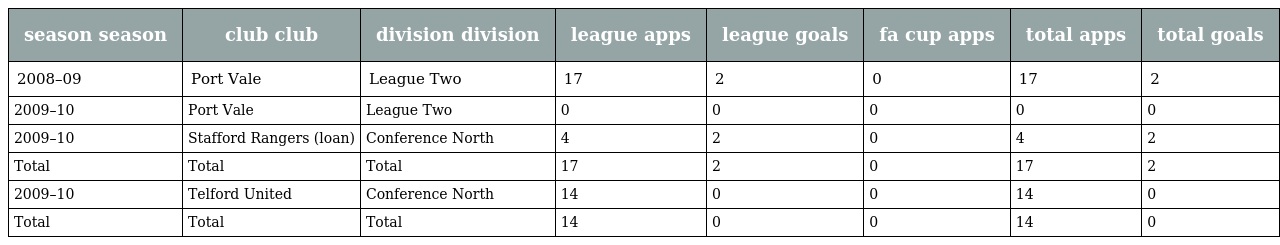
| season season | club club | division division | league apps | league goals | fa cup apps | total apps | total goals |
 | --- | --- | --- | --- | --- | --- | --- | --- |
 | 2008–09 | Port Vale | League Two | 17 | 2 | 0 | 17 | 2 |
 | 2009–10 | Port Vale | League Two | 0 | 0 | 0 | 0 | 0 |
 | 2009–10 | Stafford Rangers (loan) | Conference North | 4 | 2 | 0 | 4 | 2 |
 | Total | Total | Total | 17 | 2 | 0 | 17 | 2 |
 | 2009–10 | Telford United | Conference North | 14 | 0 | 0 | 14 | 0 |
 | Total | Total | Total | 14 | 0 | 0 | 14 | 0 |